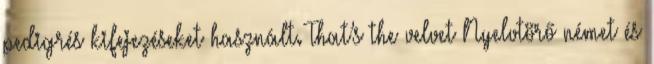
pedigrés kifejezéseket használt. That’s the velvet Nyelvtörő német és